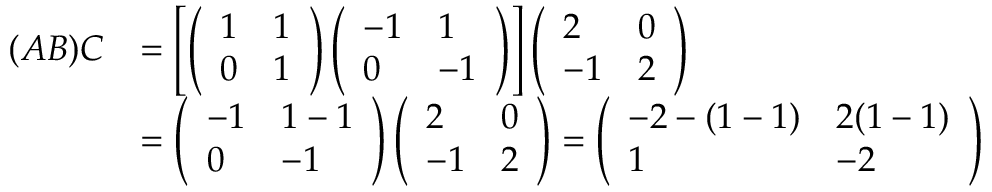
\begin{array} { r l } { ( A B ) C } & { = \left[ \left( \begin{array} { l l } { 1 } & { 1 } \\ { 0 } & { 1 } \end{array} \right) \left( \begin{array} { l l } { - 1 } & { 1 } \\ { 0 } & { - 1 } \end{array} \right) \right] \left( \begin{array} { l l } { 2 } & { 0 } \\ { - 1 } & { 2 } \end{array} \right) } \\ & { = \left( \begin{array} { l l } { - 1 } & { 1 - 1 } \\ { 0 } & { - 1 } \end{array} \right) \left( \begin{array} { l l } { 2 } & { 0 } \\ { - 1 } & { 2 } \end{array} \right) = \left( \begin{array} { l l } { - 2 - ( 1 - 1 ) } & { 2 ( 1 - 1 ) } \\ { 1 } & { - 2 } \end{array} \right) } \end{array}